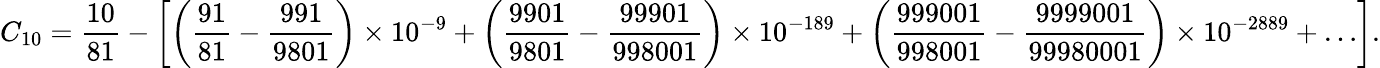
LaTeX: C_{10}={\frac{10}{81}}-\left[\left({\frac{91}{81}}-{\frac{991}{9801}}\right)\times 10^{-9}+\left({\frac{9901}{9801}}-{\frac{99901}{998001}}\right)\times 10^{-189}+\left({\frac{999001}{998001}}-{\frac{9999001}{99980001}}\right)\times 10^{-2889}+\ldots\right].